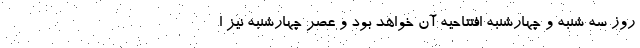
روز سه شنبه و چهارشنبه افتتاحیه آن خواهد بود و عصر چهارشنبه نیز ا